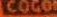
COCON